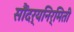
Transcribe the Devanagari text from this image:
सौंदर्यनिर्मिती